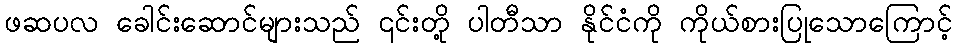
ဖဆပလ ခေါင်းဆောင်များသည် ၎င်းတို့ ပါတီသာ နိုင်ငံကို ကိုယ်စားပြုသောကြောင့်